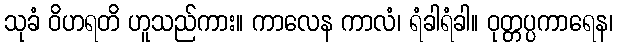
သုခံ ဝိဟရတိ ဟူသည်ကား။ ကာလေန ကာလံ၊ ရံခါရံခါ။ ဝုတ္တပ္ပကာရေန၊